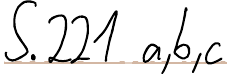
S. 221 a, b, c